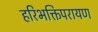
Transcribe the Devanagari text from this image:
हरिभक्तिपरायण